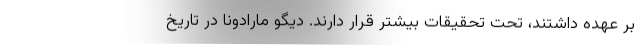
بر عهده داشتند، تحت تحقیقات بیشتر قرار دارند. دیگو مارادونا در تاریخ